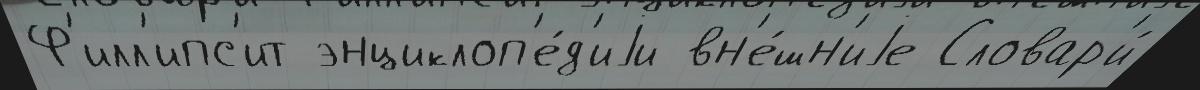
Ф'илл'ипс'ит энциклоп'е́д'иjи вн'е́шн'иjе Словар'и́